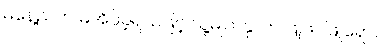
မနေ့ညက မအိပ်ခဲ့ရသဖြင့် သူ့မျက်နှာက ဖြူဖပ်ဖြူရော်။